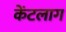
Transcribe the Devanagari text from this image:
केंटलाग